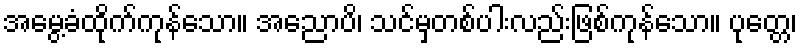
အမွေ့ခံထိုက်ကုန်သော။ အညောပိ၊ သင်မှတစ်ပါးလည်းဖြစ်ကုန်သော။ ပုတ္တေ၊